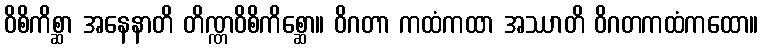
ဝိစိကိစ္ဆာ အနေနာတိ တိဏ္ဏဝိစိကိစ္ဆော။ ဝိဂတာ ကထံကထာ အဿာတိ ဝိဂတကထံကထော။